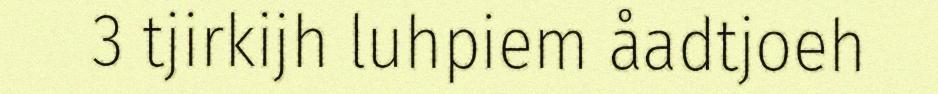
3 tjirkijh luhpiem åadtjoeh